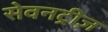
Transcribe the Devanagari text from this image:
सेवनट्रीज़